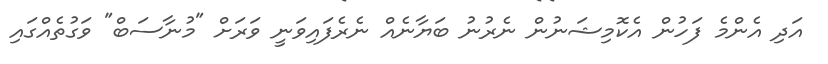
އަދި އެންމެ ފަހުން އެކޮމިޝަނުން ނެރުނު ބަޔާނެއް ނެރެފައިވަނީ ވަރަށް "މުނާސަބް" ވަގުތެއްގައި